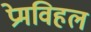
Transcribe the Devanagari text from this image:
प्रेमविहल